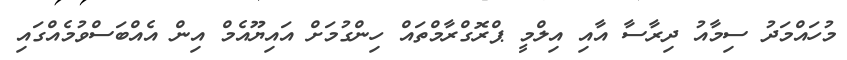
މުހައްމަދު ސިމާއު ދިރާސާ އާއި އިލްމީ ޕްރޮގްރާމްތައް ހިންގުމަށް އައިޔޫއެމް އިން އެއްބަސްވުމެއްގައި